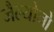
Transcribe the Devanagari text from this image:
जैल्योनो